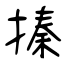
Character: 搸